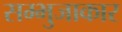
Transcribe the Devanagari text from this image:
सम्भुजाकार